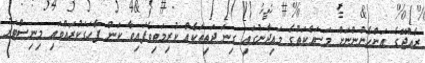
ރާއްޖޭގެ އަންހެނުންނަށް މަސައްކަތުގެ މައިދާނުގައި ގިނަ ދަތިތަކެއް ކުރިމަތިވެފައިވާ ކަން ފާހަގަކުރައްވައި މިނިސްޓަރު